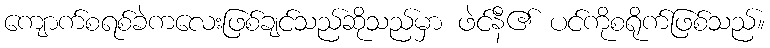
ကျောက်စရစ်ခဲကလေးဖြစ်ချင်သည်ဆိုသည်မှာ ဖဲင်နီ၏ ပင်ကိုစရိုက်ဖြစ်သည်။